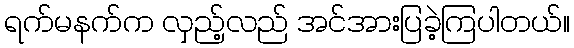
ရက်မနက်က လှည့်လည် အင်အားပြခဲ့ကြပါတယ်။